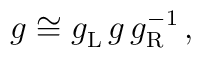
g \cong g_{\rm L}^{\vphantom 1} \, g \,g_{\rm R}^{-1} \, ,